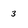
Character: 3